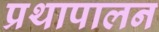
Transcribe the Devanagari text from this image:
प्रथापालन